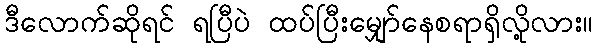
ဒီလောက်ဆိုရင် ရပြီပဲ ထပ်ပြီးမျှော်နေစရာရှိလို့လား။